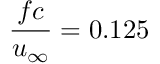
\frac { f c } { u _ { \infty } } = 0 . 1 2 5